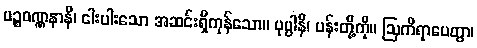
ပဉ္စဝဏ္ဏနာနိ၊ ငါးပါးသော အဆင်းရှိကုန်သော။ ပုပ္ပါနိ၊ ပန်းတို့ကို။ ဩကိရာပေတွာ၊